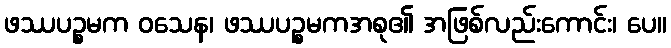
ဖဿပဉ္စမက ဝသေန၊ ဖဿပဉ္စမကအစု၏ အဖြစ်လည်းကောင်း၊ ပေ။